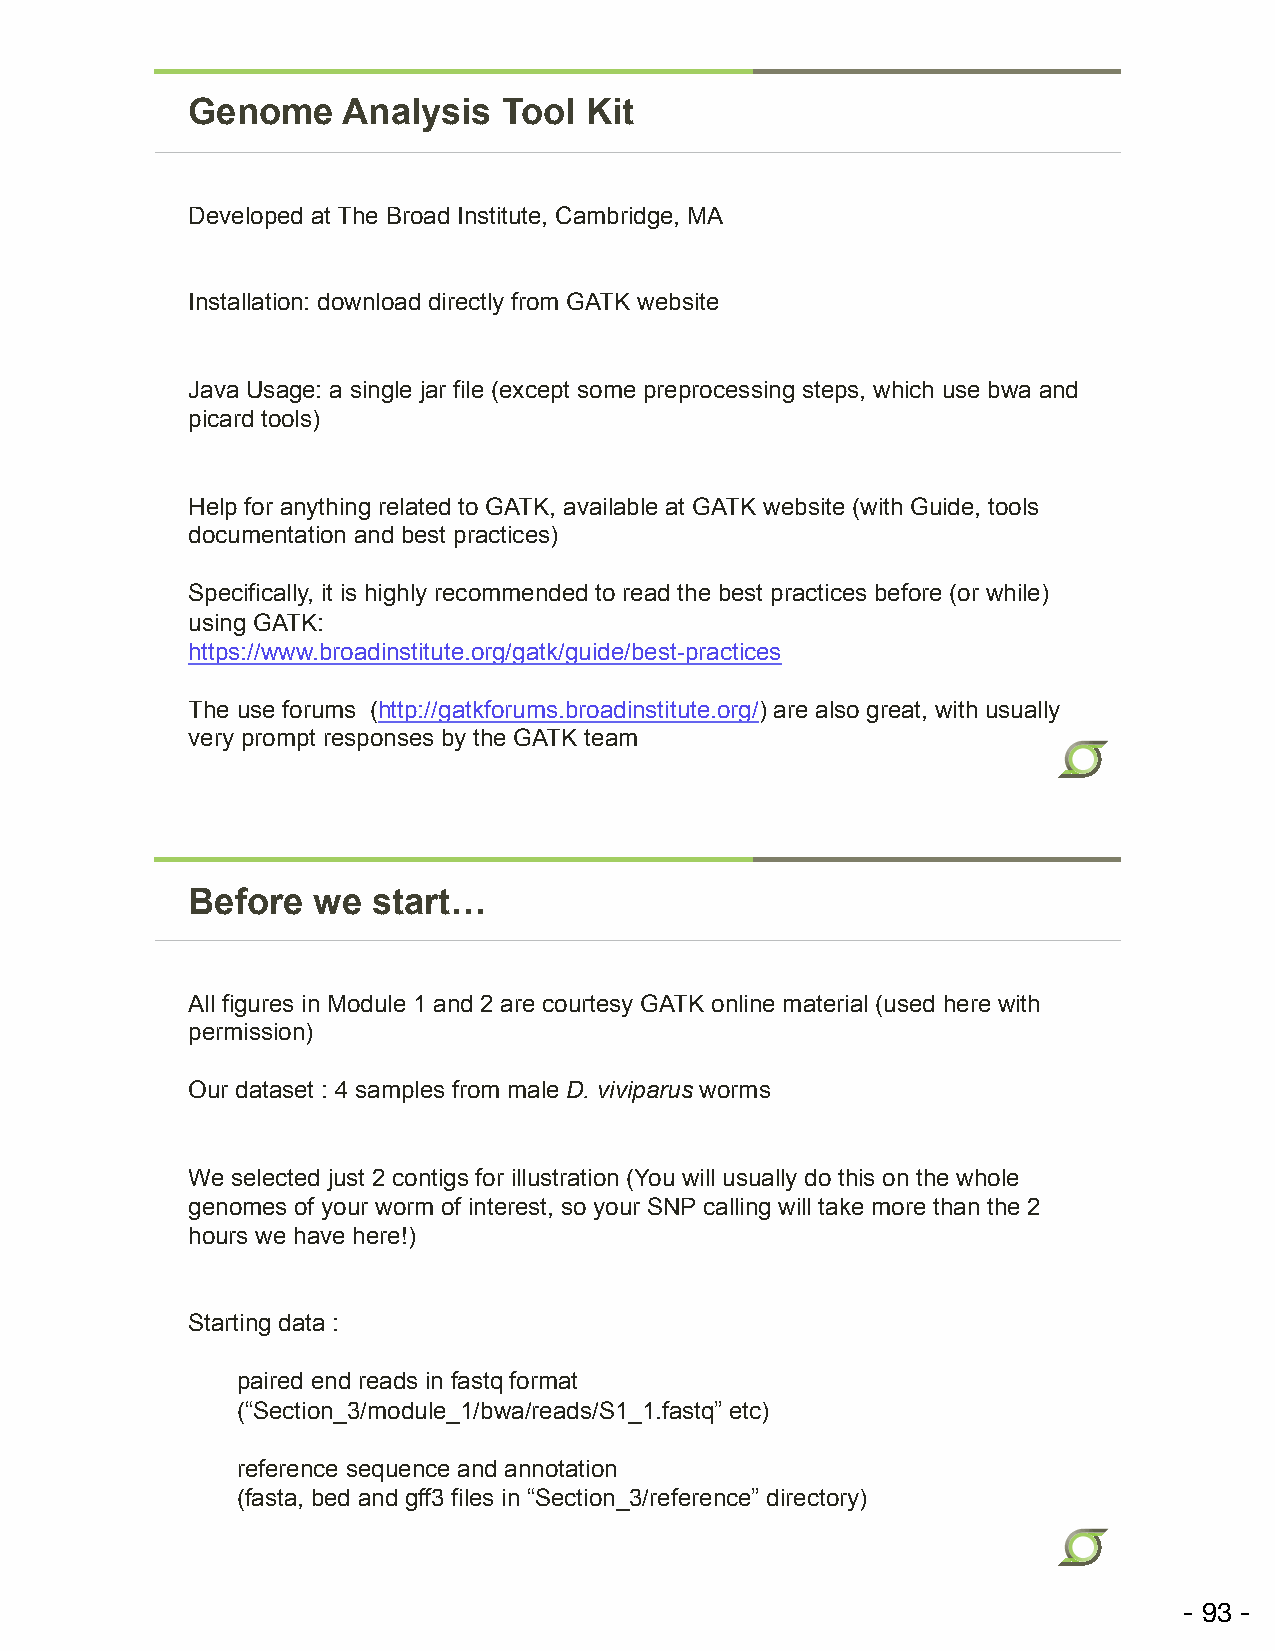
Genome     Analysis  Tool  Kit
 Developed at The Broad Institute, Cambridge, MA
 Installation: download directly from GATK website
 Java Usage: a single jar file (except some preprocessing steps, which use bwa and
 picard tools)
 Help for anything related to GATK, available at GATK website (with Guide, tools
 documentation and best practices)
 Specifically, it is highly recommended to read the best practices before (or while)
 using GATK:
 https://www.broadinstitute.org/gatk/guide/best-practices
 The use forums (http://gatkforums.broadinstitute.org/) are also great, with usually
 very prompt responses by the GATK team
 Before   we  start…
 All figures in Module 1 and 2 are courtesy GATK online material (used here with
 permission)
 Our dataset : 4 samples from male D. viviparus worms
 We selected just 2 contigs for illustration (You will usually do this on the whole
 genomes of your worm of interest, so your SNP calling will take more than the 2
 hours we have here!)
 Starting data :
 paired end reads in fastq format
 (“Section_3/module_1/bwa/reads/S1_1.fastq” etc)
 reference sequence and annotation
 (fasta, bed and gff3 files in “Section_3/reference” directory)